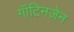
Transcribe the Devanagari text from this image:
गॉटिनज़ेन